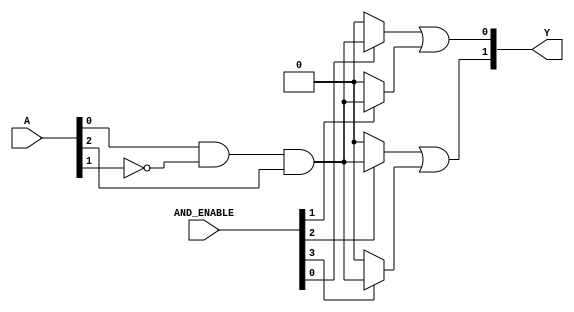
module PAL #(parameter NUM_INPUTS = 4, // Set the number of inputs
                 NUM_AND_GATES = 4, // Set the number of AND gates
                 NUM_OUTPUTS = 2) // Set the number of outputs
(
    input  wire [NUM_INPUTS-1:0] A,  // Input vector (A1, A2, ..., An)
    input  wire [NUM_AND_GATES-1:0] AND_ENABLE, // Enable signals for programmable AND gates
    output wire [NUM_OUTPUTS-1:0] Y  // Output vector (Y1, Y2, ..., Ym)
);

// Declare the outputs of the AND gates
wire [NUM_AND_GATES-1:0] and_out;

// Example combinational logic for each AND gate
generate
    genvar i;
    for (i = 0; i < NUM_AND_GATES; i = i + 1) begin: and_gate_gen
        assign and_out[i] = AND_ENABLE[i] ? (A[0] & ~A[1] & A[2]) : 1'b0;  
        // The expression (A[0] & ~A[1] & A[2]) is an example product term.
        // Adjust the logic according to needed product terms.
    end
endgenerate

// Fixed OR gates that combine AND gate outputs, for example
assign Y[0] = and_out[0] | and_out[1]; // OR gate combining the outputs of AND gates
assign Y[1] = and_out[2] | and_out[3]; // Another OR gate

endmodule